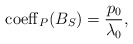
\begin{align*}{\rm coeff}_P(B_S)=\frac{p_0}{\lambda_0},\end{align*}